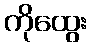
ကိုထွေး